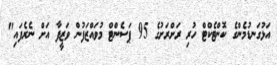
އަޅުގަނޑުމެންގެ ކޮންޓެކްޓް ހުރި ރަށްރަށުގެ 95 ޕަަސެންޓް މުވައްޒަފުން ވަޒީފާ އަށް ނެރެފައި"